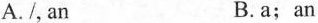
A./, an B.a;an